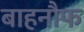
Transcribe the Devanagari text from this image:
बाहनौफ